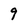
Character: 9